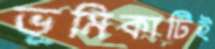
ভূমিকাটিই